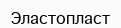
Эластопласт